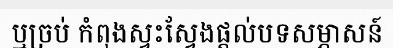
ឬច្រប់ កំពុងស្វះស្វែងផ្តល់បទសម្ភាសន៍